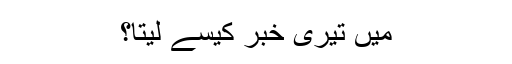
میں تیری خبر کیسے لیتا؟